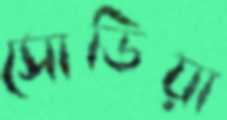
সোডিয়া